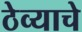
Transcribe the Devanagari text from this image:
ठेव्याचे